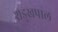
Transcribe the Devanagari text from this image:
शड्खपाल